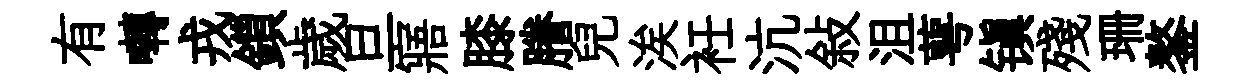
有囀戎鎻歲旦寤膝謄兒涘衽沆敍沮萼镇殘珊鏊